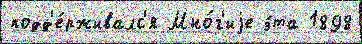
подд'е́рживалс'я Мно́г'иjе э́та 1898